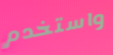
واستخدم